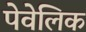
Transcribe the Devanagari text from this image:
पेवेलिक